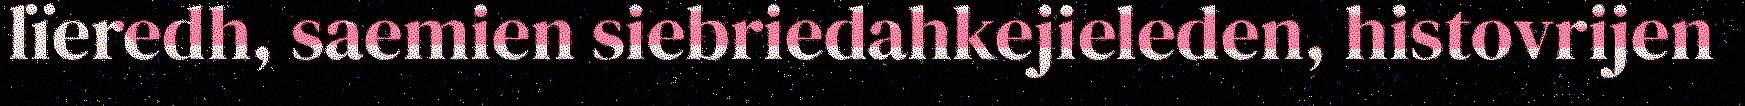
lïeredh, saemien siebriedahkejieleden, histovrijen